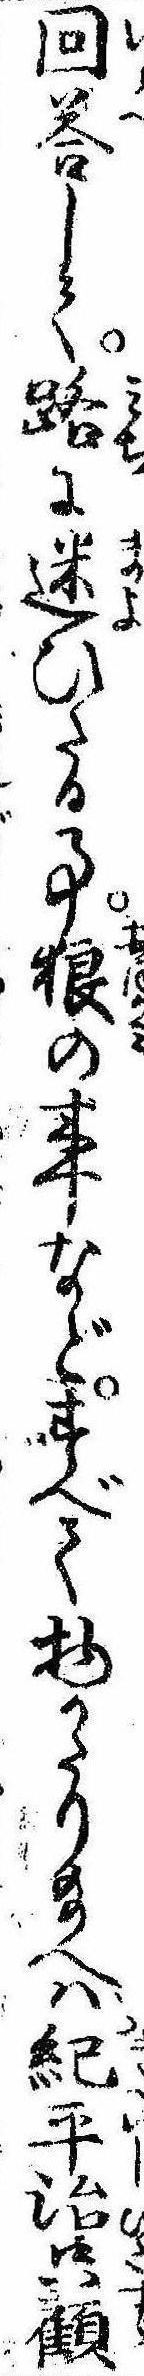
回答して路に迷ひたる事狼の事などすべて物かたり給へば紀平治只顧